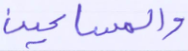
والمساكين